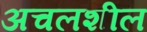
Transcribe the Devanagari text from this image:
अचलशील